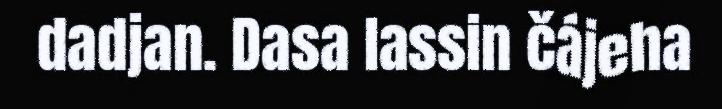
dadjan. Dasa lassin čájeha